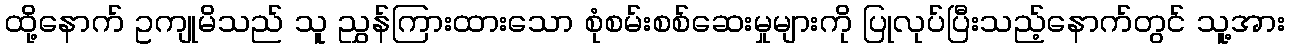
ထို့နောက် ဥကျုမိသည် သူ ညွှန်ကြားထားသော စုံစမ်းစစ်ဆေးမှုများကို ပြုလုပ်ပြီးသည့်နောက်တွင် သူ့အား